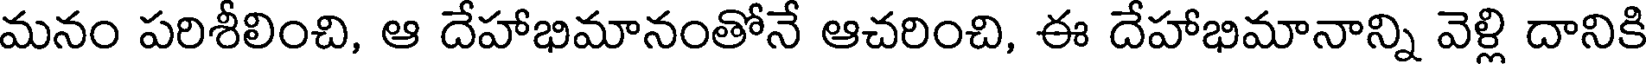
మనం పరిశీలించి, ఆ దేహాభిమానంతోనే ఆచరించి, ఈ దేహాభిమానాన్ని వెళ్లి దానికి